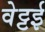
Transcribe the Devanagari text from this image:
वेट्टई